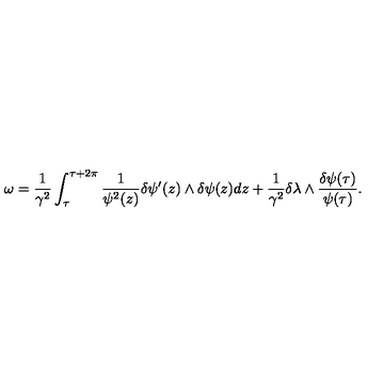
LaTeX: \omega = \frac { 1 } { \gamma ^ { 2 } } \int _ { \tau } ^ { \tau + 2 \pi } \frac { 1 } { \psi ^ { 2 } ( z ) } \delta \psi ^ { \prime } ( z ) \wedge \delta \psi ( z ) d z + \frac { 1 } { \gamma ^ { 2 } } \delta \lambda \wedge \frac { \delta \psi ( \tau ) } { \psi ( \tau ) } .